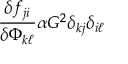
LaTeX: \frac { \delta f _ { j i } } { \delta \Phi _ { k \ell } } \alpha G ^ { 2 } \delta _ { k j } \delta _ { i \ell }